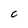
Character: C